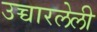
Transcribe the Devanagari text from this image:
उच्चारलेली